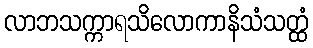
လာဘသက္ကာရသိလောကာနိသံသတ္ထံ